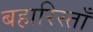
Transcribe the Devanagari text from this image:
बहारिस्ताँ